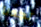
تجدنا